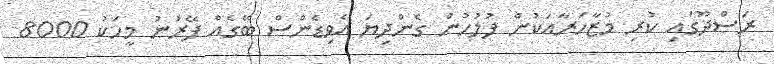
ރަސްދޫގައި ކުރި މުޒާހަރާއަކުން ފުލުހުން ގެންދިޔަ އެވިޑެންސް ބޭގެއް ފޭރުނު މީހަކު 8000